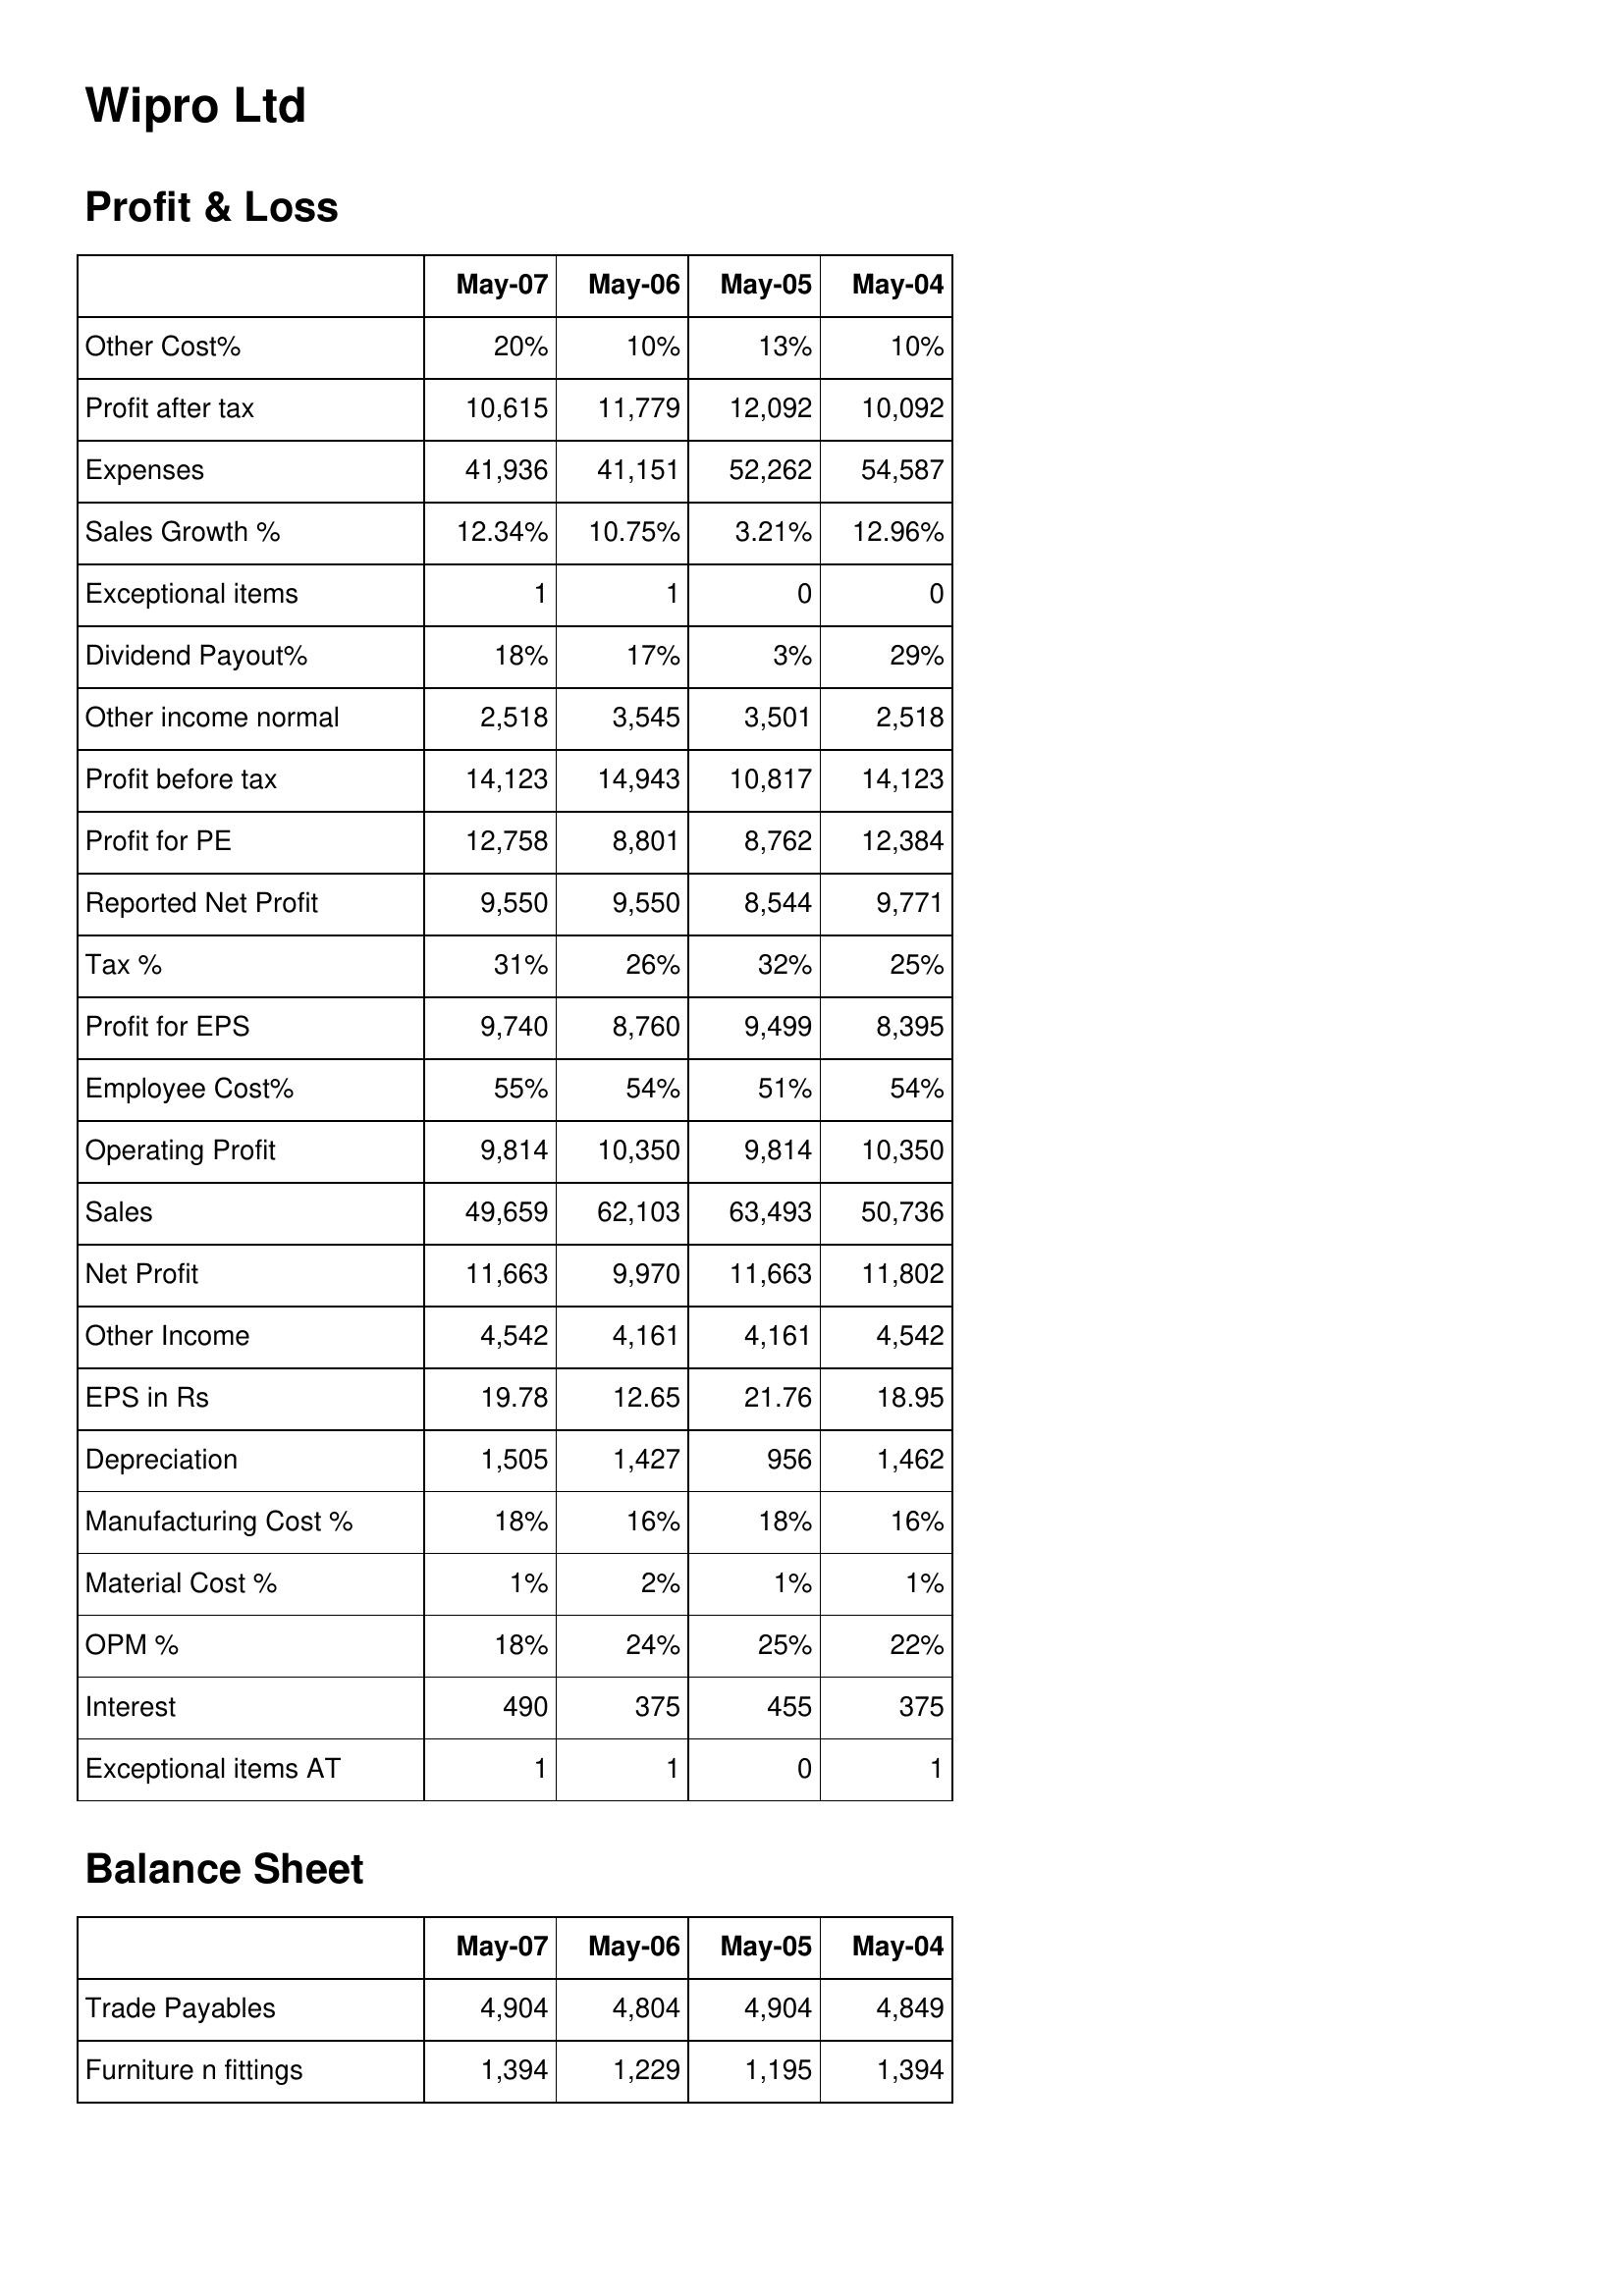
May-07: Profit & Loss: Other Cost%: 20%
Profit after tax: 10,615
Expenses: 41,936
Sales Growth %: 12.34%
Exceptional items: 1
Dividend Payout%: 18%
Other income normal: 2,518
Profit before tax: 14,123
Profit for PE: 12,758
Reported Net Profit: 9,550
Tax %: 31%
Profit for EPS: 9,740
Employee Cost%: 55%
Operating Profit: 9,814
Sales: 49,659
Net Profit: 11,663
Other Income: 4,542
EPS in Rs: 19.78
Depreciation: 1,505
Manufacturing Cost %: 18%
Material Cost %: 1%
OPM %: 18%
Interest: 490
Exceptional items AT: 1
Balance Sheet: Trade Payables: 4,904
Furniture n fittings: 1,394
May-06: Profit & Loss: Other Cost%: 10%
Profit after tax: 11,779
Expenses: 41,151
Sales Growth %: 10.75%
Exceptional items: 1
Dividend Payout%: 17%
Other income normal: 3,545
Profit before tax: 14,943
Profit for PE: 8,801
Reported Net Profit: 9,550
Tax %: 26%
Profit for EPS: 8,760
Employee Cost%: 54%
Operating Profit: 10,350
Sales: 62,103
Net Profit: 9,970
Other Income: 4,161
EPS in Rs: 12.65
Depreciation: 1,427
Manufacturing Cost %: 16%
Material Cost %: 2%
OPM %: 24%
Interest: 375
Exceptional items AT: 1
Balance Sheet: Trade Payables: 4,804
Furniture n fittings: 1,229
May-05: Profit & Loss: Other Cost%: 13%
Profit after tax: 12,092
Expenses: 52,262
Sales Growth %: 3.21%
Exceptional items: 0
Dividend Payout%: 3%
Other income normal: 3,501
Profit before tax: 10,817
Profit for PE: 8,762
Reported Net Profit: 8,544
Tax %: 32%
Profit for EPS: 9,499
Employee Cost%: 51%
Operating Profit: 9,814
Sales: 63,493
Net Profit: 11,663
Other Income: 4,161
EPS in Rs: 21.76
Depreciation: 956
Manufacturing Cost %: 18%
Material Cost %: 1%
OPM %: 25%
Interest: 455
Exceptional items AT: 0
Balance Sheet: Trade Payables: 4,904
Furniture n fittings: 1,195
May-04: Profit & Loss: Other Cost%: 10%
Profit after tax: 10,092
Expenses: 54,587
Sales Growth %: 12.96%
Exceptional items: 0
Dividend Payout%: 29%
Other income normal: 2,518
Profit before tax: 14,123
Profit for PE: 12,384
Reported Net Profit: 9,771
Tax %: 25%
Profit for EPS: 8,395
Employee Cost%: 54%
Operating Profit: 10,350
Sales: 50,736
Net Profit: 11,802
Other Income: 4,542
EPS in Rs: 18.95
Depreciation: 1,462
Manufacturing Cost %: 16%
Material Cost %: 1%
OPM %: 22%
Interest: 375
Exceptional items AT: 1
Balance Sheet: Trade Payables: 4,849
Furniture n fittings: 1,394